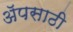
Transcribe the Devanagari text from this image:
अॅपसाठी